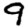
Digit: 9